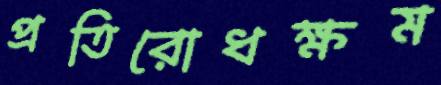
প্রতিরোধক্ষম